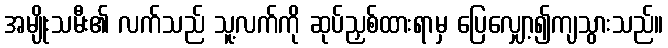
အမျိုးသမီး၏ လက်သည် သူ့လက်ကို ဆုပ်ညှစ်ထားရာမှ ပြေလျှော့၍ကျသွားသည်။